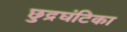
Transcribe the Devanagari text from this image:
छुद्रघंटिका